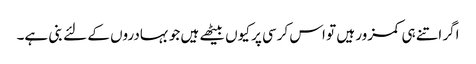
اگر اتنے ہی کمزور ہیں تو اس کرسی پر کیوں بیٹھے ہیں جو بہادروں کے لئے بنی ہے۔